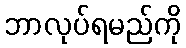
ဘာလုပ်ရမည်ကို